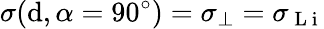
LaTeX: \sigma(\mathrm{d},\alpha=90^{\circ})=\sigma_{\perp}=\sigma_{\mathrm{{~L~i~}}}